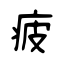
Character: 疲